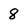
Character: 8